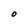
Character: O